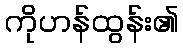
ကိုဟန်ထွန်း၏